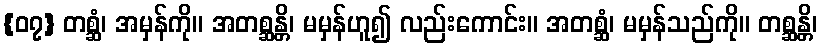
{၀၇} တစ္ဆံ၊ အမှန်ကို။ အတစ္ဆန္တိ၊ မမှန်ဟူ၍ လည်းကောင်း။ အတစ္ဆံ၊ မမှန်သည်ကို။ တစ္ဆန္တိ၊